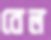
বেল